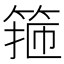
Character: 箍